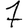
Digit: 7